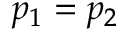
p _ { 1 } = p _ { 2 }